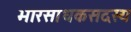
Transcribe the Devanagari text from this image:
भारसाधकसदस्य